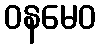
ဝနမေဝ